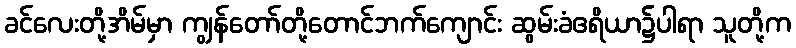
ခင်လေးတို့အိမ်မှာ ကျွန်တော်တို့တောင်ဘက်ကျောင်း ဆွမ်းခံဧရိယာ၌ပါရာ သူတို့က